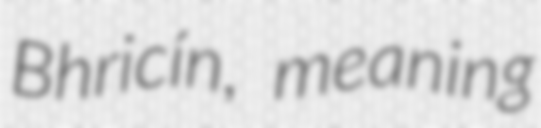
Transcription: Bhricín, meaning